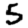
Digit: 5